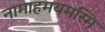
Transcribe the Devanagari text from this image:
नामाहमयमस्मि